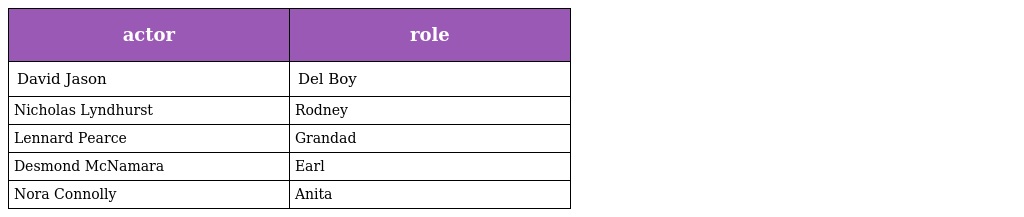
| actor | role |
 | --- | --- |
 | David Jason | Del Boy |
 | Nicholas Lyndhurst | Rodney |
 | Lennard Pearce | Grandad |
 | Desmond McNamara | Earl |
 | Nora Connolly | Anita |